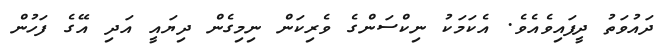
ދައުވަތު ދީފައިވެއެވެ. އެކަމަކު ނިކްސަންގެ ވެރިކަން ނިމިގެން ދިޔައީ އަދި އޭގެ ފަހުން